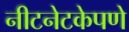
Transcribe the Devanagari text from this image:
नीटनेटकेपणे